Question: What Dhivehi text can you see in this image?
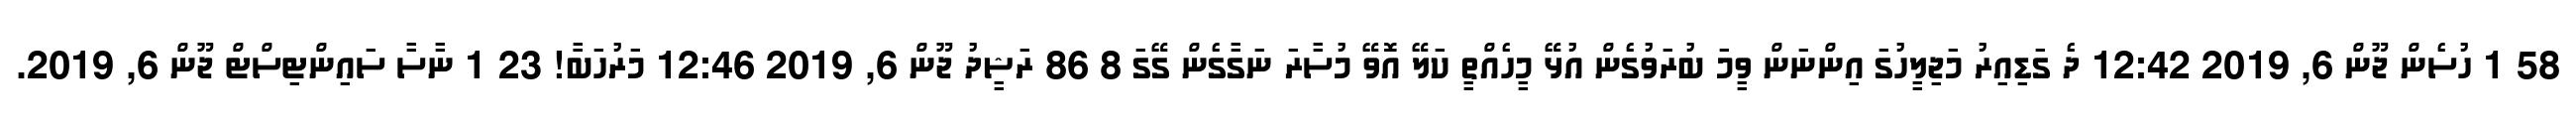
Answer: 58 1 ހުސެން ޖޫން 6, 2019 12:42 ދެ ގަޑިއިރު މަޖިލީހުގަ އިންނަން ވީމަ ބުރަވުގެން އުޅޭ މީހެއްތީ ކަލޭ އޮވޭ މުސާރަ ނަގާގެން ގޭގަ 8 86 ރަޝީދު ޖޫން 6, 2019 12:46 މަރުހަބާަ! 23 1 ނާސާ ސައިންޓިސްޓް ޖޫން 6, 2019.